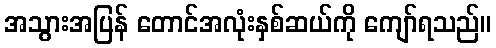
အသွားအပြန် တောင်အလုံးနှစ်ဆယ်ကို ကျော်ရသည်။